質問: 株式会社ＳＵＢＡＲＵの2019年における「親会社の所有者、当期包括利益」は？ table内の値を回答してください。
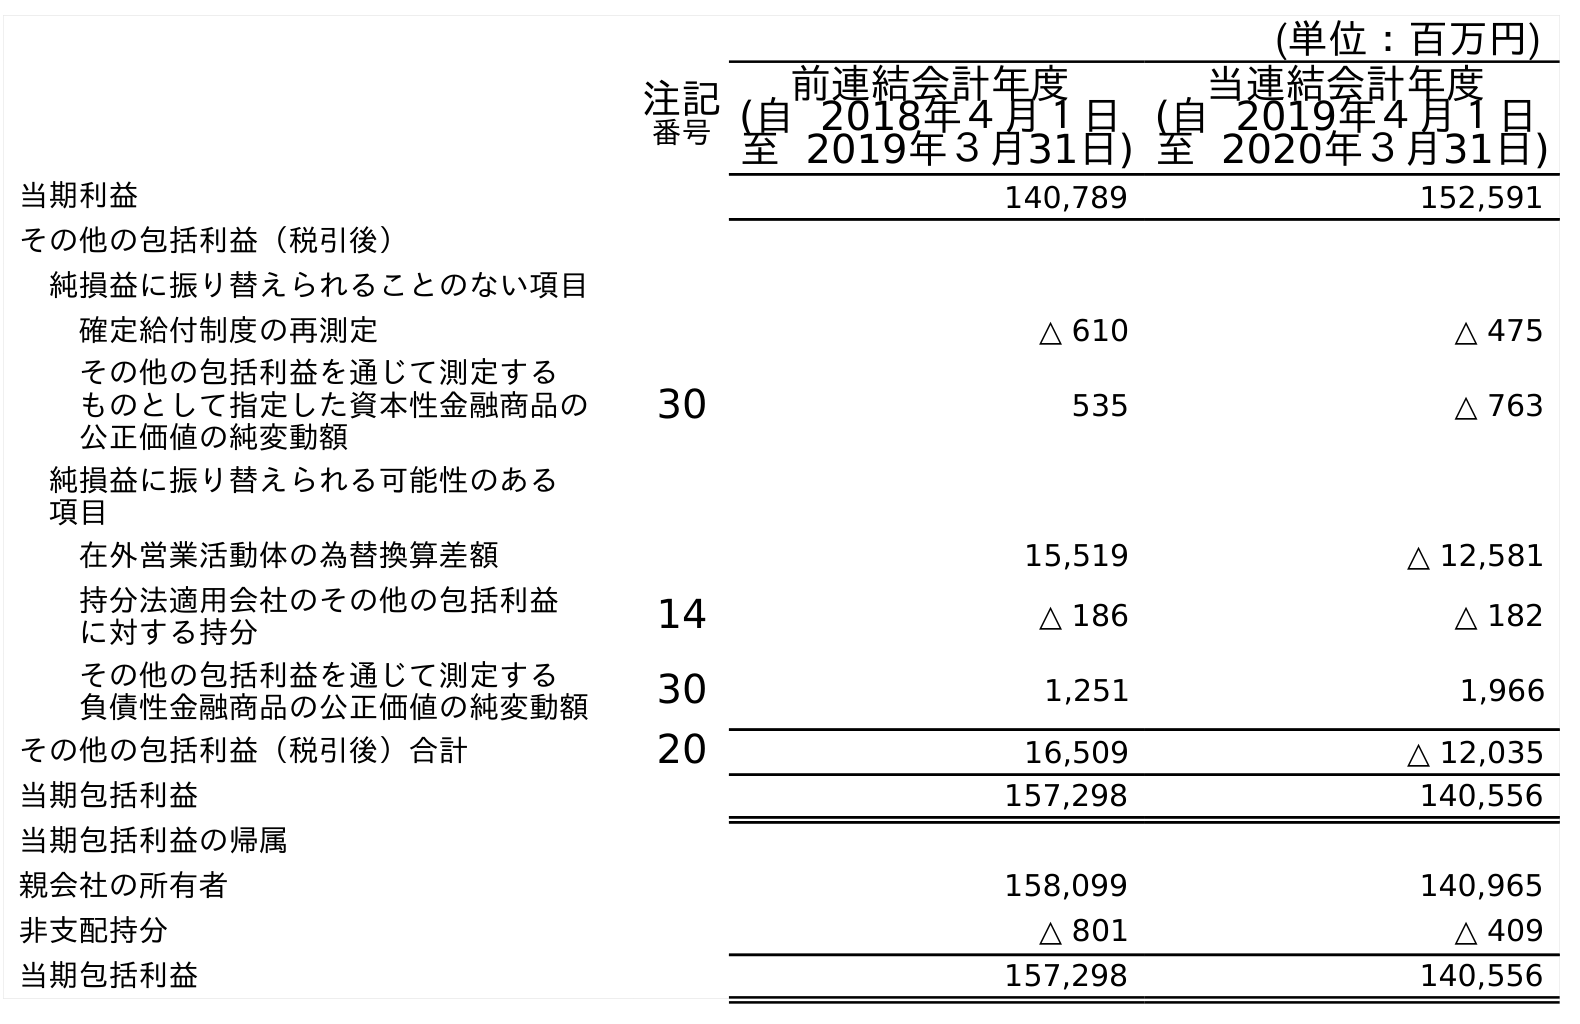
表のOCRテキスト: (単位：百万円) 注記 番号 前連結会計年度 (自 2018年４月１日 至 2019年３月31日) 当連結会計年度 (自 2019年４月１日 至 2020年３月31日) 当期利益 140,789 152,591 その他の包括利益（税引後） 純損益に振り替えられることのない項目 確定給付制度の再測定 △ 610 △ 475 その他の包括利益を通じて測定する ものとして指定した資本性金融商品の 公正価値の純変動額 30 535 △ 763 純損益に振り替えられる可能性のある 項目 在外営業活動体の為替換算差額 15,519 △ 12,581 持分法適用会社のその他の包括利益 に対する持分 14 △ 186 △ 182 その他の包括利益を通じて測定する 負債性金融商品の公正価値の純変動額 30 1,251 1,966 その他の包括利益（税引後）合計 20 16,509 △ 12,035 当期包括利益 157,298 140,556 当期包括利益の帰属 親会社の所有者 158,099 140,965 非支配持分 △ 801 △ 409 当期包括利益 157,298 140,556
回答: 158,099